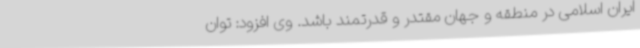
ایران اسلامی در منطقه و جهان مقتدر و قدرتمند باشد. وی افزود: توان